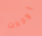
أوجدت